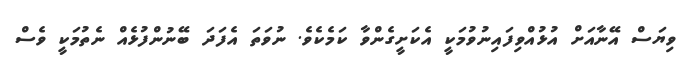
ވިޔަސް އޭނާއަށް އުޅުއްވިފައިނުވުމަކީ އެކަށީގެންވާ ކަމެކެވެ. ނުވަތަ އެފަދަ ބޭނުންފުޅެއް ނެތުމަކީ ވެސް